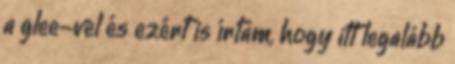
a glee-vel és ezért is írtam, hogy itt legalább